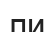
ли